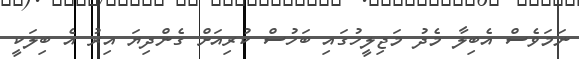
ނަމަވެސް އެބިލާ މެދު މަޖިލީހުގައި ބަހުސް ކުރިއަށް ގެންދިޔަ އިރު އެ ބިލަކީ